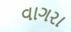
વાગરા